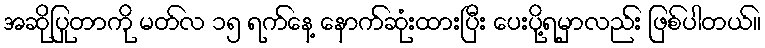
အဆိုပြုတာကို မတ်လ ၁၅ ရက်နေ့ နောက်ဆုံးထားပြီး ပေးပို့ရမှာလည်း ဖြစ်ပါတယ်။